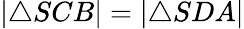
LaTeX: |\triangle SCB|=|\triangle SDA|